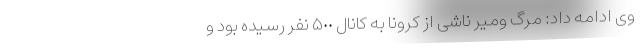
وی ادامه داد: مرگ ومیر ناشی از کرونا به کانال ۵٠٠ نفر رسیده بود و